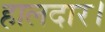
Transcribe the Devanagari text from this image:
हालदार।